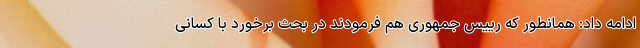
ادامه داد: همانطور که رییس جمهوری هم فرمودند در بحث برخورد با کسانی